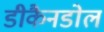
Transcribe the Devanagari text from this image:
डीकैनडोल